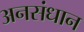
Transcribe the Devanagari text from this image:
अनसंधान